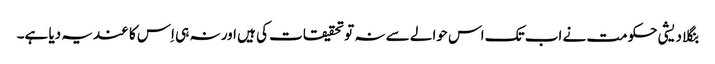
بنگلا دیشی حکومت نے اب تک اس حوالے سے نہ تو تحقیقات کی ہیں اور نہ ہی اِس کا عندیہ دیا ہے۔